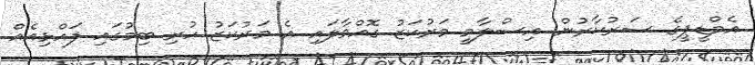
އެމްޑީޕީގެ ސަރުކާރުން އިސްލާމީ މަރުކަޒު ގޮއްވާލައި އެ މަރުކަޒު ހުރި ބިމުގައި ފައްޅިއެއް